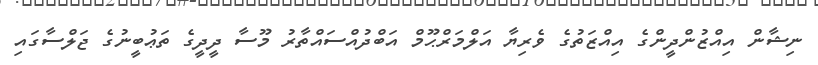
ނިޝާން އިއްޒުންދީންގެ އިއްޒަތުގެ ވެރިޔާ އަލްމަރްޙޫމް އަބްދުއްސައްތާރު މޫސާ ދީދީގެ ތަޢުބީނުގެ ޖަލްސާގައި